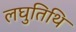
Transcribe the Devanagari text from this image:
लघुतिथि